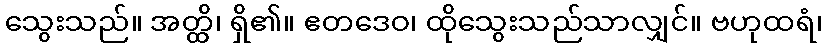
သွေးသည်။ အတ္ထိ၊ ရှိ၏။ ဧတဒေဝ၊ ထိုသွေးသည်သာလျှင်။ ဗဟုထရံ၊